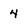
Character: 4